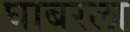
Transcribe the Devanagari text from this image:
घाबरला